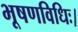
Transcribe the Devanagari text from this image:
भूषणविधिः।